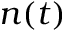
n ( t )